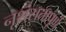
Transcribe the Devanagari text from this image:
नृशंसतापूर्ण